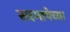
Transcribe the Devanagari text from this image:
स्वभाषेच्या